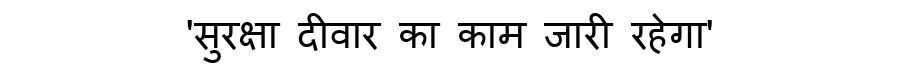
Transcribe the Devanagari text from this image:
'सुरक्षा दीवार का काम जारी रहेगा'